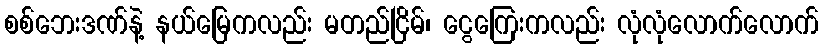
စစ်ဘေးဒဏ်နဲ့ နယ်မြေကလည်း မတည်ငြိမ်၊ ငွေကြေးကလည်း လုံလုံလောက်လောက်